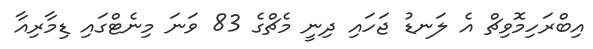
އިބްރަހިމޮވިޗް އެ ލަނޑު ޖަހައި ދިނީ މެޗްގެ 83 ވަނަ މިނެޓްގައި ޑިމާރިއާ